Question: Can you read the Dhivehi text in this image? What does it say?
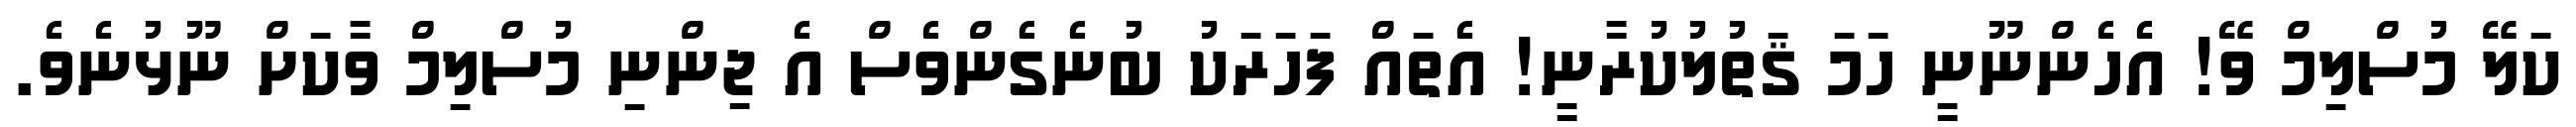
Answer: ކަލޭ މުސްލިމް ވޭ! އެހެންނޫނީ ހަމަ ޤަތުލުކުރާނީ! އެތައް ފަހަރަކު ބުނެގެންވެސް އެ ޖިންނި މުސްލިމް ވާކަށް ނޫޅުނެވެ.